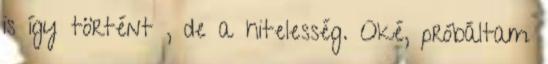
is így történt , de a hitelesség. Oké, próbáltam